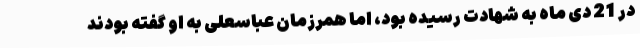
در 21 دی ماه به شهادت رسیده بود، اما همرزمان عباسعلی به او گفته بودند